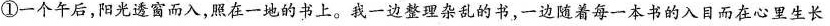
①一个午后，阳光透窗而入，照在一地的书上。我一边整理杂乱的书，一边随着每一本书的入日而在心里生长